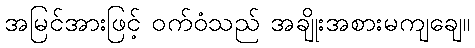
အမြင်အားဖြင့် ဝက်ဝံသည် အချိုးအစားမကျချေ။